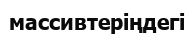
массивтеріңдегі